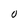
Character: O